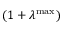
( 1 + \lambda ^ { \operatorname* { m a x } } )